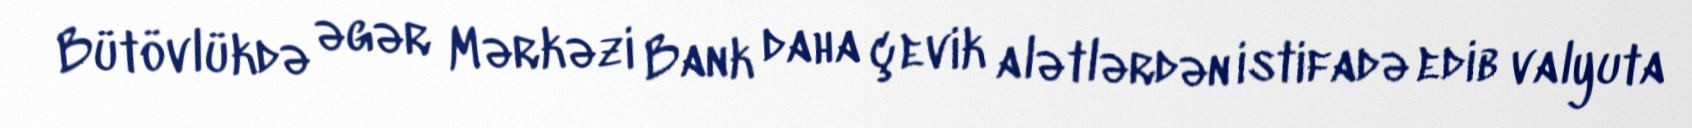
Bütövlükdə əgər Mərkəzi Bank daha çevik alətlərdən istifadə edib valyuta